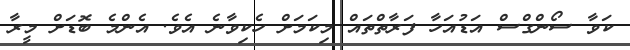
ކަވާ ސޯންގްސް އަޑުއަހާ ފަރާތްތައް މިކަމަށް ހެކިވާނެ އެވެ. އެންމެ ބޮޑަށް މީރާ